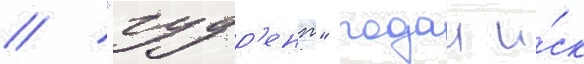
// "гудр'ент" подал и́ск